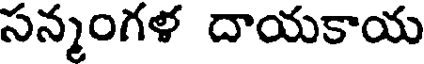
సన్మంగళ దాయకాయ